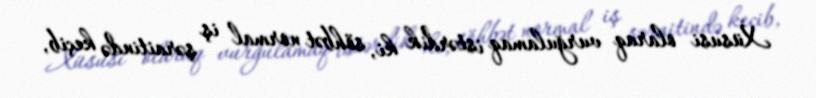
Xüsusi olaraq vurğulamaq istərdik ki, söhbət normal iş şəraitində keçib,